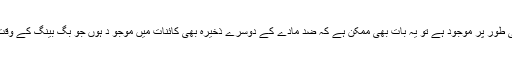
اگر یہ ضد مادّہ کی کہر قدرتی طور پر موجود ہے تو یہ بات بھی ممکن ہے کہ ضد مادّے کے دوسرے ذخیرہ بھی کائنات میں موجو د ہوں جو بگ بینگ کے وقت تباہ ہونے سے بچ گئے ہوں۔